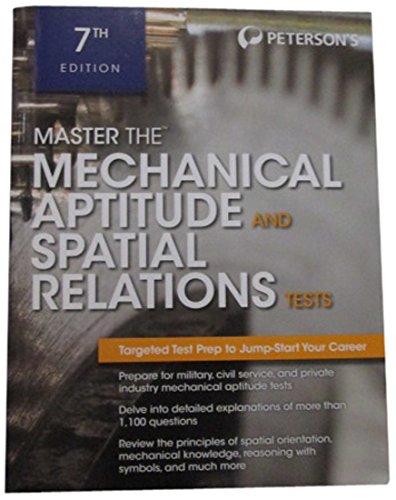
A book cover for Master The Mechanical Aptitude and Spatial Relations Test (Mechanical Aptitude and Spatial Relations Tests); Peterson's; Test Preparation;